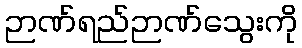
ဉာဏ်ရည်ဉာဏ်သွေးကို